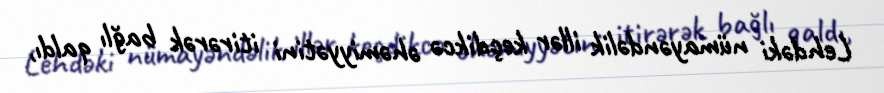
Lehdəki nümayəndəlik illər keçdikcə əhəmiyyətini itirərək bağlı qaldı,